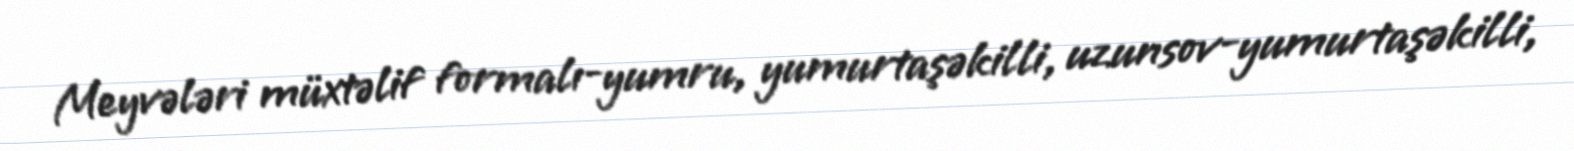
Meyvələri müxtəlif formalı-yumru, yumurtaşəkilli, uzunsov-yumurtaşəkilli,